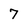
Character: 7